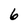
Character: 6